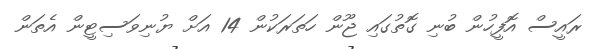
ރައީސް އޮފީހުން ބުނި ގޮތުގައި ޖޫން ހަތަރަކުން 14 އަށް ޔުނިވަސިޓީން އެތަން